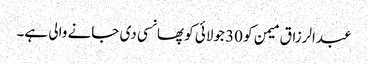
عبدالرزاق میمن کو 30 جولائی کو پھانسی دی جانے والی ہے۔